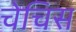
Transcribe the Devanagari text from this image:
चेचिस